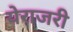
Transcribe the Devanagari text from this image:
येराजरी